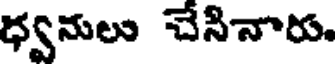
ధ్వనులు చేసినారు.